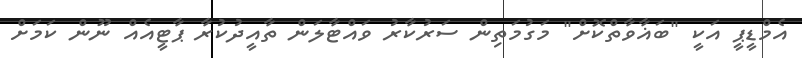
އެމްޑީޕީ އަކީ "ބަޣާވާތްކޮށް" މަގުމަތިން ސަރުކާރު ވައްޓާލަން ތާއީދުކުރާ ޕާޓީއެއް ނޫން ކަމަށް